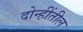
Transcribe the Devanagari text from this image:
दोन्हींतील